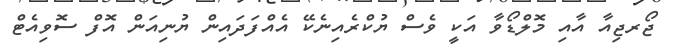
ޖޯރޖިއާ އާއި މޮލްޑޯވާ އަކީ ވެސް ޔުކްރެއިނެކޭ އެއްފަދައިން ޔުނިއަން އޮފް ސޮވިއެޓް